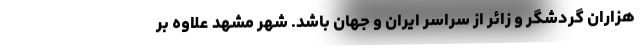
هزاران گردشگر و زائر از سراسر ایران و جهان باشد. شهر مشهد علاوه بر